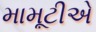
મામૂટીએ